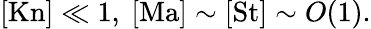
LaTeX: [\mathrm{Kn}]\ll 1,\ [\mathrm{Ma}]\sim[\mathrm{St}]\sim O(1).